Vital statistics of India. Vol. VI, European troops 1870-79
Year: 1870
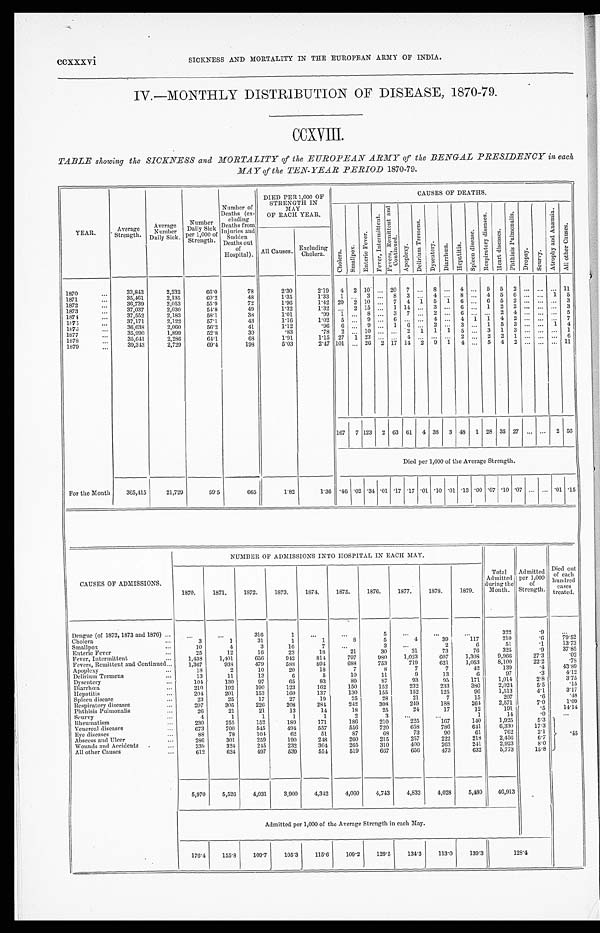
ccxxxvi
SICKNESS AND MORTALITY IN THE EUROPEAN ARMY OF INDIA.
IV.—MONTHLY DISTRIBUTION OF DISEASE, 1870-79.
CCXVIII.
TABLE showing the SICKNESS and MORTALITY of the EUROPEAN ARMY of the BENGAL PRESIDENCY in each
MAY of the TEN-YEAR PERIOD 1870-79.
YEAR.
Average
Strength.
Average
Number
Daily Sick.
Number
Daily Sick
per 1,000 of
Strength.
Number of
Deaths (ex-
c l u d i n g .
Deaths from injuries
and
Sudden
Deaths out
of
Hospital).
DIED PER 1,000 OF
STRENGTH IN
MAY
OF EACH YEAR.
CAUSES OF DEATHS.
C h o l e r a . Smal l pox. En t e r i c F e v e r .
F e v e r , I n t e r m i t t e n t . F e v e r , R e m i t t e n t a n d
C o n t i n u e d .
A p o p l e x y .
D e l i r i u m T r e m e n s .
D y s e n t e r y .
D i a r r h œ a .
H e p a t i t i s .
S p l e e n d i s e a s e .
R e s p i r a t o r y d i s e a s e s . He a r t d i s e a s e . P h t h i s i s P u l m o n a l i s .
D r o p s y .
S c u r v y .
A t r o p h y a n d A n æ m i a .
Al l o t h e r C a u s e s .
All Causes.
Excluding
Cholera.
1870
. . .
33,843
2,232
66.0
78
2.30
2.19
4
2 10 ... 20
7 ...
8 ...
4 ...
5
5
2 ... ... ... 11
1871
. . .
35,461
2,135
60.2
48
1.35
1.33
1 ...
3 ...
8
3
. . . 4 ...
8 ...
4
5
6 ... ...
1
5
1872
36,739
2,053
55.9
72
1.96
1.42
20
2. 10 ...
7
4
1
5
... 6 ...
6
5
2
...
... ...
3
. . .
1873
...
37,037
2,030
54.8
49
1.32
1.32
...
2 15 ...
1 14 ...
3 ...
6 ...
1
2
2 ... ... ...
3
187 4 . . .
37,552
2,183
58.1
38
1.01
.99
1 ...
8 ... 3
7
. . . 2 ...
6
. . .
. . .
2
4 ... ... ...
5
1875
. . .
37,171
2,122
57.1
43
1.16
1.02
5 ... 9
. . .
6 ...
. . .
4 ...
4 1
1 4
2
...
...
7
1 8 7 6 . .
36,638
2,060
56.2
41
1.12
.96
6 ...
9 ...
1
6 ...
2 ...
3 ...
1
5
3 ... ...
1
4
1877...
35,990
1,899
52.8
30
.83
.78
2 ... 10
. . . ...
2
1
1
1
5 ...
3
1
3 ...
...
...
1
1878
35,641
2286
64.1
68
1.91
1.15
27 1
23
. . .
. . . 4
. . . ...
. . .
. . .
2
2
1
...
... ...
6
. . .
1879
..
39,313
2,729
69.4
198
5.03
2.47 101 ... 26
2 17 14
2
9
1
4
...
5
4
2
... ...
... 11
167
7 123
2 63 61
4 38
3 48
1 28 35 27
... ...
2 56
Died per 1,000 of the Average Strength.
For the Month
365,415
21,729
59.5
665
1.82
1.36 .46 .02 .34 .01 .17 .17 .01 .10
. 01 '13 .00 .07 .10 .07 ... ... .01 .15
NUMBER OF ADMISSIONS INTO HOSPITAL IN EACH MAY.
CAUSES OF ADMISSIONS.
1870.
1871.
1872.
1873.
1874 .
1875.
1876.
1877.
1878.
1879.
Total
Admitted
during the
Month.
Admitted
per 1,000
of
Strength.
Died out
of each
hundred
c a s e s
treated.
Dengue (of 1872, 1873 and 1876) ..
...
...
316
1
...
...
5
...
...
. . .
322
.9
...
Cholera
...
3
1
31
1
1
8
5
4
39
117
210
. 9
79.52
Smallpox
. . .
10
4
3
16
7
...
3
...
2
6
51
.1
13.73
Enteric Fever
...
25
12
16
23
18
21
30
31
73
76
325
.9
37.85
Fever, Intermittent
. . .
1,438
1,401
656
942
814
797
980
1,023
607
1,308
9,966
27.3
.02
Fevers, Remittent and Continued...
1,307
938
479
588
894
688
753
719
621
1,053
8,100
22.2
.78
Apoplexy
. . .
18
2
10
20
18
7
8
7
7
42
139
.4
43.89
Delirium Tremens
...
13
11
13
6
5
10
11
9
13
6
97
.3
4.12
Dysentery
...
104
130
97
65
83
89
87
93
95
171
1,014
2.8
3.75
Diarrhœa
. . .
210
192
190
123
162
150
152
232
233
380
2,024
5.5
.15
Hepatitis
. . .
204
201
153
160
137
130
155
152
125
96
1,513
4.1
3.17
Spleen disease
. . .
23
25
17
27
19
25
28
21
7
15
207
. 6
.48
Respiratory diseases
. . .
297
305
226
208
284
242
308
249
188
264
2,571
7.0
1.09
Phthisis Pulmonalis ...
26
21
21
13
14
18
25
24
17
12
191
.5
14.14
Scurvy
. . . .
4
1
1
1
1
2
3
. . .
. . .
1
14
. 0
. . .
Rheumat ism
. . .
230
255
152
189
171
186
210
225
167
140
1,925
5.3
.45
Venereal diseases
. . .
673
700
545
494
557
556
720
658
786
641
6,330
17.3
Eye diseases
. . .
88
78
104
62
51
87
68
73
90
61
762
2.1
Abscess and Ulcer
. . .
286
301
259
190
248
260
215
257
222
218
2,456
6.7
Wounds and Accidents
.
...
339
324
245
232
304
265
310
400
263
241
2,923
8.0
All other Causes
. . .
612
624
497
539
554
519
667
656
473
632
5,773
15.8
5,970
5,526
4,031
3,900
4,342
4,060
4,743
4,833
4,028
5,480
46,913
Admitted per 1,000 of the Average Strength in each May.
176.4
155.8
109.7
105.3
115.6
109.2
129.5
134.3
113.0
139.3
128.4